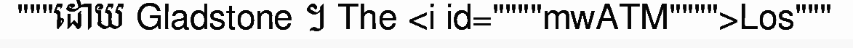
"""ដោយ Gladstone ។ The <i id=""""mwATM"""">Los"""